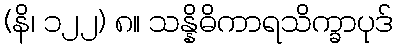
(နိ၊ ၁၂၂) ၈။ သန္နိဓိကာရသိက္ခာပုဒ်